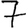
Digit: 7